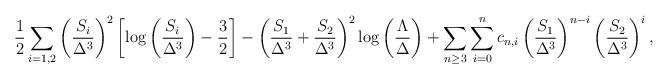
LaTeX: \begin{align*}{1 \over 2} \sum_{i=1,2}\left({S_i\over\Delta^3}\right)^2\left[\log \left( {S_i \over\Delta^3} \right)-{3\over2}\right]-\left({S_1\over\Delta^3}+{S_2\over\Delta^3}\right)^2 \log \left( {\Lambda \over \Delta}\right)+\sum_{n\geq3}\sum_{i=0}^n c_{n,i}\left({S_1\over\Delta^3}\right)^{n-i}\left({S_2\over\Delta^3}\right)^i,\end{align*}